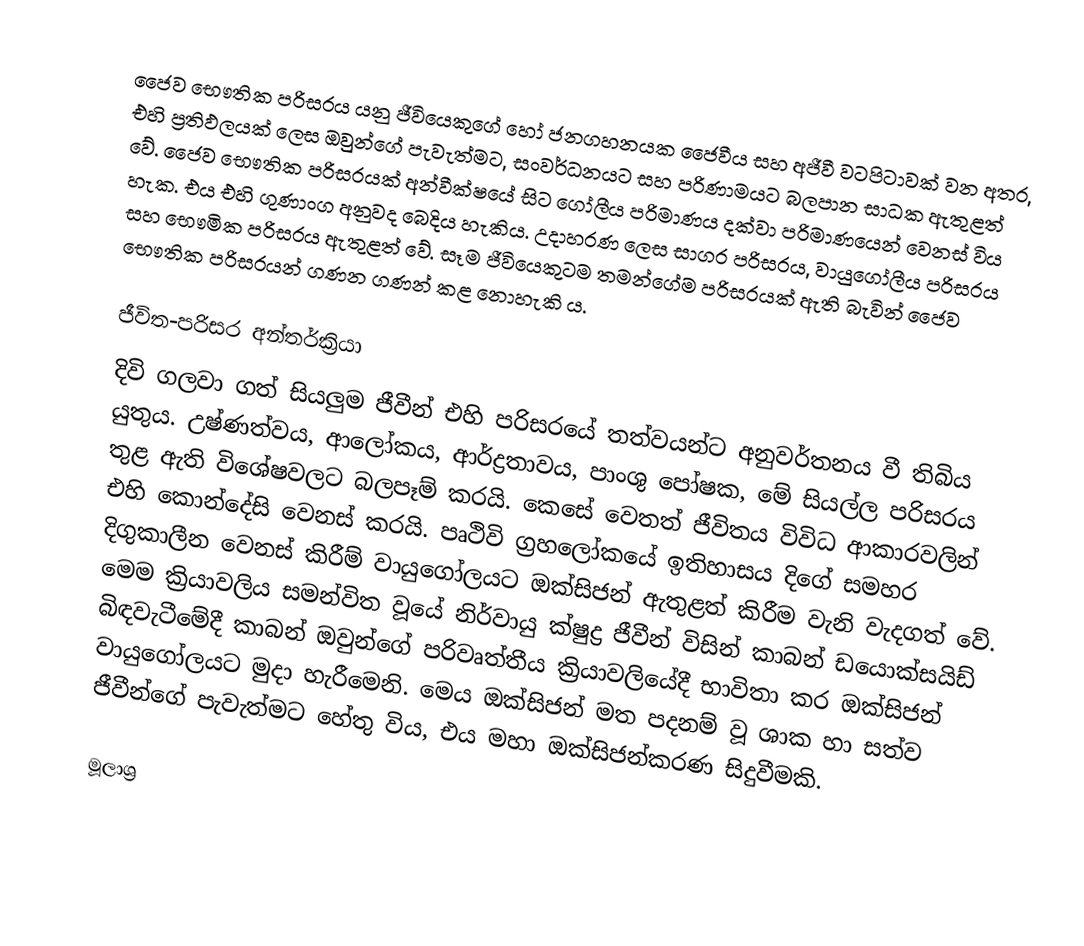
ජෛව භෞතික පරිසරය යනු ජීවියෙකුගේ හෝ ජනගහනයක ජෛවීය සහ අජීවී වටපිටාවක් වන අතර, එහි ප්‍රතිඵලයක් ලෙස ඔවුන්ගේ පැවැත්මට, සංවර්ධනයට සහ පරිණාමයට බලපාන සාධක ඇතුළත් වේ. ජෛව භෞතික පරිසරයක් අන්වීක්ෂයේ සිට ගෝලීය පරිමාණය දක්වා පරිමාණයෙන් වෙනස් විය හැක. එය එහි ගුණාංග අනුවද බෙදිය හැකිය. උදාහරණ ලෙස සාගර පරිසරය, වායුගෝලීය පරිසරය සහ භෞමික පරිසරය ඇතුළත් වේ. සෑම ජීවියෙකුටම තමන්ගේම පරිසරයක් ඇති බැවින් ජෛව භෞතික පරිසරයන් ගණන ගණන් කළ නොහැකි ය.

ජීවිත-පරිසර අන්තර්ක්‍රියා
දිවි ගලවා ගත් සියලුම ජීවීන් එහි පරිසරයේ තත්වයන්ට අනුවර්තනය වී තිබිය යුතුය. උෂ්ණත්වය, ආලෝකය, ආර්ද්‍රතාවය, පාංශු පෝෂක, මේ සියල්ල පරිසරය තුළ ඇති විශේෂවලට බලපෑම් කරයි. කෙසේ වෙතත් ජීවිතය විවිධ ආකාරවලින් එහි කොන්දේසි වෙනස් කරයි. පෘථිවි ග්‍රහලෝකයේ ඉතිහාසය දිගේ සමහර දිගුකාලීන වෙනස් කිරීම් වායුගෝලයට ඔක්සිජන් ඇතුළත් කිරීම වැනි වැදගත් වේ. මෙම ක්‍රියාවලිය සමන්විත වූයේ නිර්වායු ක්ෂුද්‍ර ජීවීන් විසින් කාබන් ඩයොක්සයිඩ් බිඳවැටීමේදී කාබන් ඔවුන්ගේ පරිවෘත්තීය ක්‍රියාවලියේදී භාවිතා කර ඔක්සිජන් වායුගෝලයට මුදා හැරීමෙනි. මෙය ඔක්සිජන් මත පදනම් වූ ශාක හා සත්ව ජීවීන්ගේ පැවැත්මට හේතු විය, එය මහා ඔක්සිජන්කරණ සිදුවීමකි.

මූලාශ්‍ර